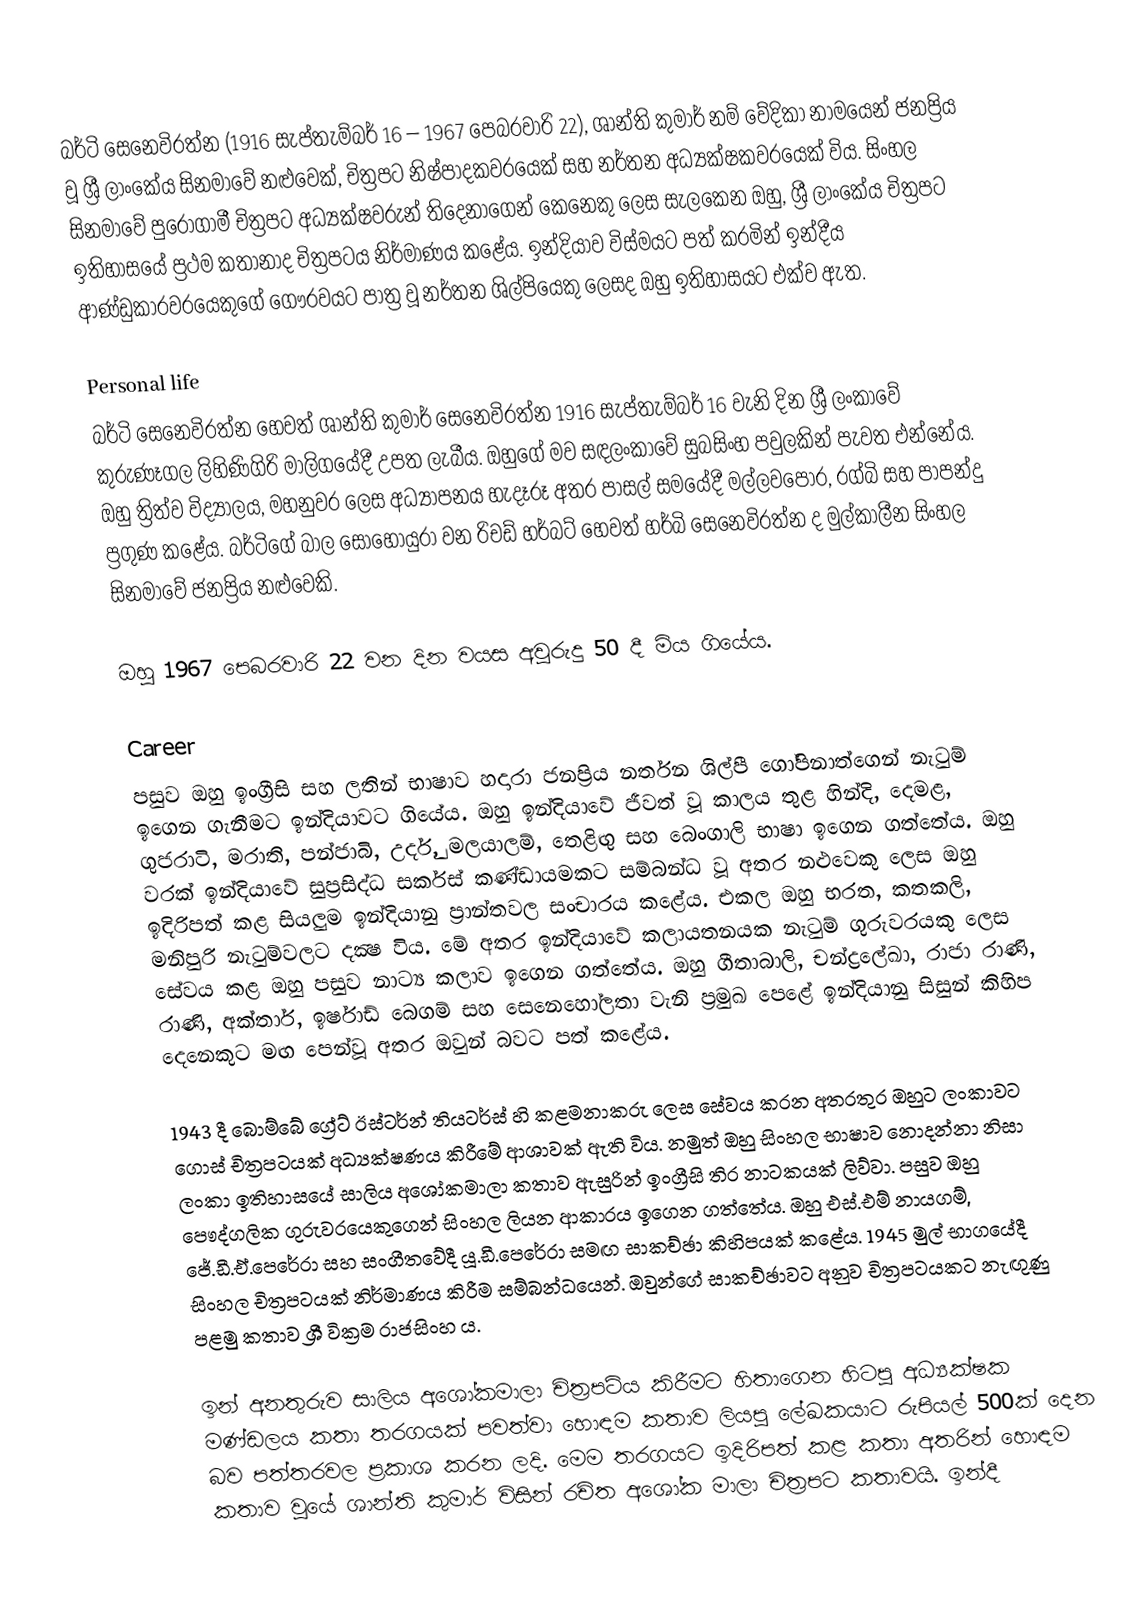
බර්ටි සෙනෙවිරත්න (1916 සැප්තැම්බර් 16 – 1967 පෙබරවාරි 22), ශාන්ති කුමාර් නම් වේදිකා නාමයෙන් ජනප්‍රිය වූ ශ්‍රී ලාංකේය සිනමාවේ නළුවෙක්, චිත්‍රපට නිෂ්පාදකවරයෙක් සහ නර්තන අධ්‍යක්ෂකවරයෙක් විය. සිංහල සිනමාවේ පුරෝගාමී චිත්‍රපට අධ්‍යක්ෂවරුන් තිදෙනාගෙන් කෙනෙකු ලෙස සැලකෙන ඔහු, ශ්‍රී ලාංකේය චිත්‍රපට ඉතිහාසයේ ප්‍රථම කතානාද චිත්‍රපටය නිර්මාණය කළේය. ඉන්දියාව විස්මයට පත් කරමින් ඉන්දීය ආණ්ඩුකාරවරයෙකුගේ ගෞරවයට පාත්‍ර වූ නර්තන ශිල්පියෙකු ලෙසද ඔහු ඉතිහාසයට එක්ව ඇත.

Personal life
බර්ටි සෙනෙවිරත්න හෙවත් ශාන්ති කුමාර් සෙනෙවිරත්න 1916 සැප්තැම්බර් 16 වැනි දින ශ්‍රී ලංකාවේ කුරුණෑගල ලිහිණිගිරි මාලිගයේදී උපත ලැබීය. ඔහුගේ මව සඳලංකාවේ සුබසිංහ පවුලකින් පැවත එන්නේය. ඔහු ත්‍රිත්ව විද්‍යාලය, මහනුවර ලෙස අධ්‍යාපනය හැදෑරූ අතර පාසල් සමයේදී මල්ලවපොර, රග්බි සහ පාපන්දු ප්‍රගුණ කළේය. බර්ටිගේ බාල සොහොයුරා වන රිචඩ් හර්බට් හෙවත් හර්බි සෙනෙවිරත්න ද මුල්කාලීන සිංහල සිනමාවේ ජනප්‍රිය නළුවෙකි.

ඔහු 1967 පෙබරවාරි 22 වන දින වයස අවුරුදු 50 දී මිය ගියේය.

Career
පසුව ඔහු ඉංග්‍රීසි සහ ලතින් භාෂාව හදාරා ජනප්‍රිය නර්තන ශිල්පී ගෝපිනාත්ගෙන් නැටුම් ඉගෙන ගැනීමට ඉන්දියාවට ගියේය. ඔහු ඉන්දියාවේ ජීවත් වූ කාලය තුළ හින්දි, දෙමළ, ගුජරාටි, මරාති, පන්ජාබි, උර්දු, මලයාලම්, තෙළිඟු සහ බෙංගාලි භාෂා ඉගෙන ගත්තේය. ඔහු වරක් ඉන්දියාවේ සුප්‍රසිද්ධ සර්කස් කණ්ඩායමකට සම්බන්ධ වූ අතර නළුවෙකු ලෙස ඔහු ඉදිරිපත් කළ සියලුම ඉන්දියානු ප්‍රාන්තවල සංචාරය කළේය. එකල ඔහු භරත, කතකලි, මනිපුරි නැටුම්වලට දක්‍ෂ විය. මේ අතර ඉන්දියාවේ කලායතනයක නැටුම් ගුරුවරයකු ලෙස සේවය කළ ඔහු පසුව නාට්‍ය කලාව ඉගෙන ගත්තේය. ඔහු ගීතාබාලි, චන්ද්‍රලේඛා, රාජා රාණි, රාණි, අක්තාර්, ඉර්ෂාඩ් බෙගම් සහ සෙනෙහෝලතා වැනි ප්‍රමුඛ පෙළේ ඉන්දියානු සිසුන් කිහිප දෙනෙකුට මඟ පෙන්වූ අතර ඔවුන් බවට පත් කළේය.

1943 දී බොම්බේ ග්‍රේට් ඊස්ටර්න් තියටර්ස් හි කළමනාකරු ලෙස සේවය කරන අතරතුර ඔහුට ලංකාවට ගොස් චිත්‍රපටයක් අධ්‍යක්ෂණය කිරීමේ ආශාවක් ඇති විය. නමුත් ඔහු සිංහල භාෂාව නොදන්නා නිසා ලංකා ඉතිහාසයේ සාලිය අශෝකමාලා කතාව ඇසුරින් ඉංග්‍රීසි තිර නාටකයක් ලිව්වා. පසුව ඔහු පෞද්ගලික ගුරුවරයෙකුගෙන් සිංහල ලියන ආකාරය ඉගෙන ගත්තේය. ඔහු එස්.එම් නායගම්, ජේ.ඩී.ඒ.පෙරේරා සහ සංගීතවේදී යූ.ඩී.පෙරේරා සමඟ සාකච්ඡා කිහිපයක් කළේය. 1945 මුල් භාගයේදී සිංහල චිත්‍රපටයක් නිර්මාණය කිරීම සම්බන්ධයෙන්. ඔවුන්ගේ සාකච්ඡාවට අනුව චිත්‍රපටයකට නැඟුණු පළමු කතාව ශ්‍රී වික්‍රම රාජසිංහ ය.

ඉන් අනතුරුව සාලිය අශෝකමාලා චිත්‍රපටිය කිරීමට හිතාගෙන හිටපු අධ්‍යක්ෂක මණ්ඩලය කතා තරගයක් පවත්වා හොඳම කතාව ලියපු ලේඛකයාට රුපියල් 500ක් දෙන බව පත්තරවල ප්‍රකාශ කරන ලදි. මෙම තරගයට ඉදිරිපත් කළ කතා අතරින් හොඳම කතාව වූයේ ශාන්ති කුමාර් විසින් රචිත අශෝක මාලා චිත්‍රපට කතාවයි. ඉන්දී